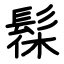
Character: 髹